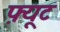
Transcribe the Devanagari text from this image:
फ़्यूट